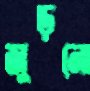
জুড়নো